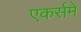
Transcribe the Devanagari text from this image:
एकर्समें